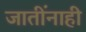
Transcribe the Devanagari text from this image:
जातींनाही